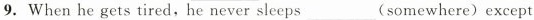
9.When he gets tired,he never sleeps___(somewhere)except